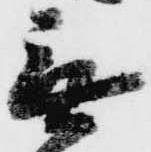
無